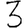
Digit: 3